Lunatic asylums United Provinces 1909-1921 - 1909-1921
Year: 1909
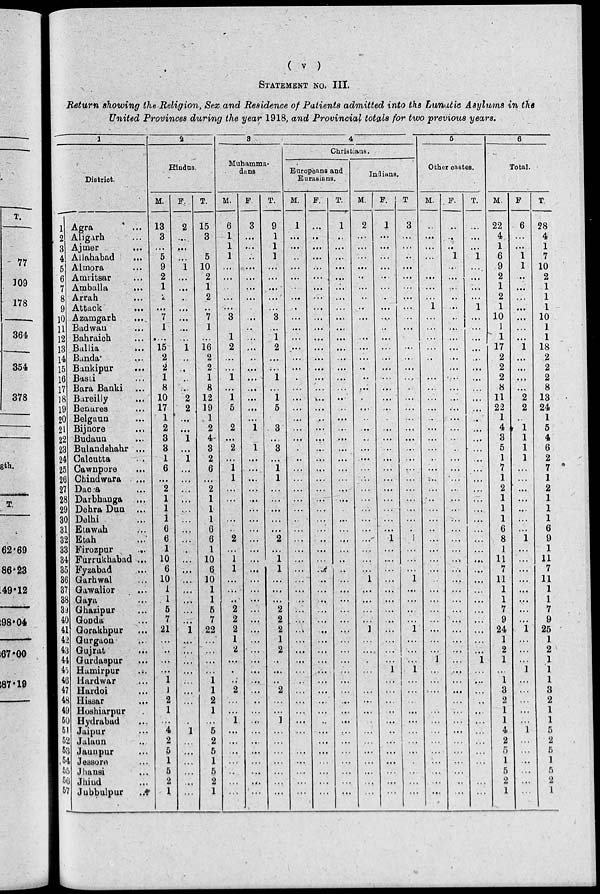
( v )
STATEMENT NO. III.
Return showing the Religion, Sex and Residence of Patients admitted into the Lunatic Asylums in the
United Provinces during the year 1918, and Provincial totals for two 'previous years.
1
District.
1
2
3
4
5
6
7
8
9
0
.1
2
.3
.4
5
6
7
8
9
0
1
22
23
24
25
26
27
28
29
30
31
32
33
34
35
36
37
38
39
40
41
42
43
44
45
46
47
48
49
50
61
52
53
54
55
56
57
Agra ...
Aligarh ...
Ajmer ...
Allahabad ...
Almora ...
Amritsar ...
Amballa
...
Arrah ...
Attack ...
Azamgarh ...
Badwan ...
Bahraich ...
Ballia ...
Banda ...
Bankipur ...
Basti ...
Bara Banki ...
Bareilly ...
Benares ...
Belgaun ...
Bijnore ...
Budaun ...
Bulandshahr ...
Calcutta ...
Cawnpore ...
Chindwara ...
Dacca ...
Darbhanga ...
Dehra Dun ...
Delhi ...
Etawah ...
Etah ...
Firozpur
...
Furrukhabad ...
Fyzabad ...
Garhwal ...
Gawalior ...
Gaya ...
Ghazipur ...
Gonda ...
Gorakhpur ...
Gurgaon ...
Gujrat ...
Gurdaspur ...
Hamirpur
...
Hardwar ...
Hardoi ...
Hissar
...
Hoshiarpur ...
Hydrabad ...
Jaipur ...
Jalaun ...
Jaunpur ...
Jessore ...
Jhansi ...
Jbind
...
Jubbulpur ...
2
Hindus.
M.
13
3
...
5
9
2
1
2
...
7
1
...
15
2
2
1
8
10
17
1
2
3
3
1
6
...
2
1
1
1
6
6
1
10
6
10
1
1
5
7
21
...
...
...
...
1
1
2
1
...
4
2
5
1
5
2
1
F.
2
...
...
...
1
...
...
...
...
...
...
...
1
...
...
...
...
2
2
...
...
1
...
1
...
...
...
...
...
...
...
...
...
...
...
...
...
...
...
...
1
...
...
...
...
...
...
...
...
...
1
...
...
...
...
...
...
T.
15
3
...
5
10
2
1
2
...
7
1
...
16
2
2
1
8
12
19
1
2
4
3
2
6
...
2
1
1
1
6
6
1
10
6
10
1
1
5
7
22
...
...
...
...
1
1
2
1
...
5
2
5
1
5
2
1
3
Muhamma-
duns
M.
6
1
1
1
...
...
...
...
...
3
...
1
2
...
...
1
...
1
5
...
2
...
2
...
1
1
...
...
...
...
...
2
...
1
1
...
...
...
2
2
2
1
2
...
...
...
2
...
...
1
...
...
...
...
...
...
...
F.
3
...
...
...
...
...
...
...
...
...
...
...
...
...
...
...
...
...
...
...
1
...
1
...
...
...
...
...
...
...
...
...
...
...
...
...
...
...
...
...
...
...
...
...
...
...
...
...
...
...
...
...
...
...
...
...
...
T.
9
1
1
1
...
...
...
...
...
3
...
1
2
...
...
1
...
1
5
...
3
...
3
...
1
1
...
...
...
...
...
2
...
1
1
...
...
...
2
2
2
1
2
...
...
...
2
...
...
1
...
...
...
...
...
...
...
4
Christians.
Europeans and
Eurasians.
M.
1
...
...
...
...
...
...
...
...
...
...
...
...
...
...
...
...
...
...
...
...
...
...
...
...
...
...
...
...
...
...
...
...
...
...
...
...
...
...
...
...
...
...
...
...
...
...
...
...
...
...
...
...
...
...
...
...
F.
...
...
...
...
...
...
...
...
...
...
...
...
...
...
...
...
...
...
...
...
...
...
...
...
...
...
...
...
...
...
...
...
...
...
...
...
...
...
...
...
...
...
...
...
...
...
...
...
...
..
...
...
...
...
...
...
...
T.
1
...
...
...
...
...
...
...
...
...
...
...
...
...
...
...
...
...
...
...
...
...
...
...
...
...
...
...
...
...
...
...
...
...
...
...
...
...
...
...
...
...
...
...
...
...
...
...
...
...
...
...
...
...
...
...
...
Indians.
M.
2
...
...
...
...
...
...
...
...
...
...
...
...
...
...
...
...
...
...
...
...
...
...
...
...
...
...
...
...
...
...
...
...
...
...
1
...
...
...
...
1
...
...
...
...
...
...
...
...
...
...
...
...
...
...
...
...
F.
1
...
...
...
...
...
...
...
...
...
..
...
...
...
...
...
...
...
...
...
...
...
...
...
...
...
...
...
...
...
...
1
...
....
...
...
...
...
...
...
...
...
...
...
1
...
...
...
...
...
..
...
...
...
...
...
...
T
3
...
...
...
...
...
...
...
...
...
...
...
...
...
...
...
...
...
...
...
...
...
...
...
...
...
...
...
...
...
...
1
...
...
...
1
...
...
...
...
1
...
...
...
1
...
...
...
...
...
...
...
...
...
...
...
...
5
Other castes.
M.
...
...
...
...
...
...
...
...
1
...
...
...
...
...
...
...
...
...
...
..
...
...
...
...
...
...
...
..
...
...
...
...
...
...
...
...
...
...
...
...
...
...
...
1
...
...
...
...
...
...
...
...
...
...
...
...
...
F.
...
...
...
1
...
...
...
...
...
...
...
...
...
...
...
...
...
...
...
...
...
...
...
...
...
...
...
...
...
...
...
...
...
...
...
...
...
...
...
...
...
...
...
...
...
...
...
...
...
...
...
...
...
...
...
...
...
T.
...
...
...
1
...
...
...
...
1
...
...
...
...
...
...
...
...
...
...
...
...
...
...
...
...
...
...
...
...
...
...
...
...
...
...
...
...
...
...
...
...
...
...
1
...
...
...
...
...
...
...
...
...
...
...
...
...
6
Total.
M.
22
4
1
6
9
2
1
2
1
10
1
1
17
2
2
2
8
11
22
1
4
3
5
1
7
1
2
1
1
1
6
8
1
11
7
11
1
1
7
9
24
1
2
1
...
1
3
2
1
1
4
2
5
1
5
2
1
F
6
...
...
1
1
...
...
...
...
...
...
...
1
...
...
...
...
2
2
...
1
1
1
1
...
...
...
...
...
...
...
1
...
...
...
...
...
...
...
...
1
...
...
...
1
...
...
...
...
...
1
...
...
...
...
...
...
T
28
4
1
7
10
2
1
1
1
10
1
1
18
2
2
2
8
13
24
1
5
4
6
2
7
1
2
1
1
1
6
9
1
11
7
11
1
1
7
9
25
1
2
1
1
1
3
2
1
1
5
2
5
1
5
2
1